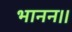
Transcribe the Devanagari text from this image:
भानन।।